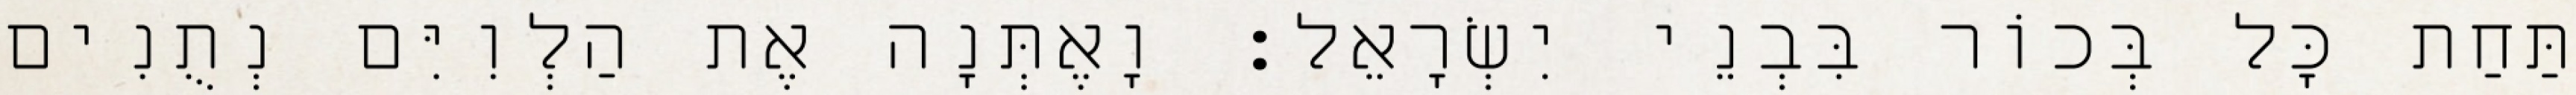
תַּחַת כָּל בְּכוֹר בִּבְנֵי יִשְׂרָאֵל׃ וָאֶתְּנָה אֶת הַלְוִיִּם נְתֻנִים